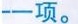
一项。